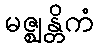
မဇ္ဈန္တိကံ